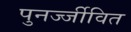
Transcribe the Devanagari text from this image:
पुनर्ज्जीवित